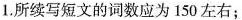
1.所续写短文的词数应为 150 左右;